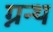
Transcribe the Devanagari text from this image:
ग्नन्थ